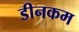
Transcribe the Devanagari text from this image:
डीनकम